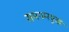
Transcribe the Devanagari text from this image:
समयमयूखः